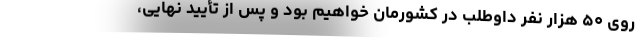
روی ۵۰ هزار نفر داوطلب در کشورمان خواهیم بود و پس از تأیید نهایی،